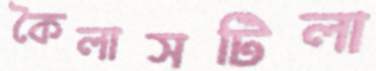
কৈলাসটিলা